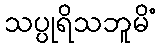
သပ္ပုရိသဘူမိံ